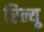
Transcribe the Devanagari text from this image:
रिन्यू